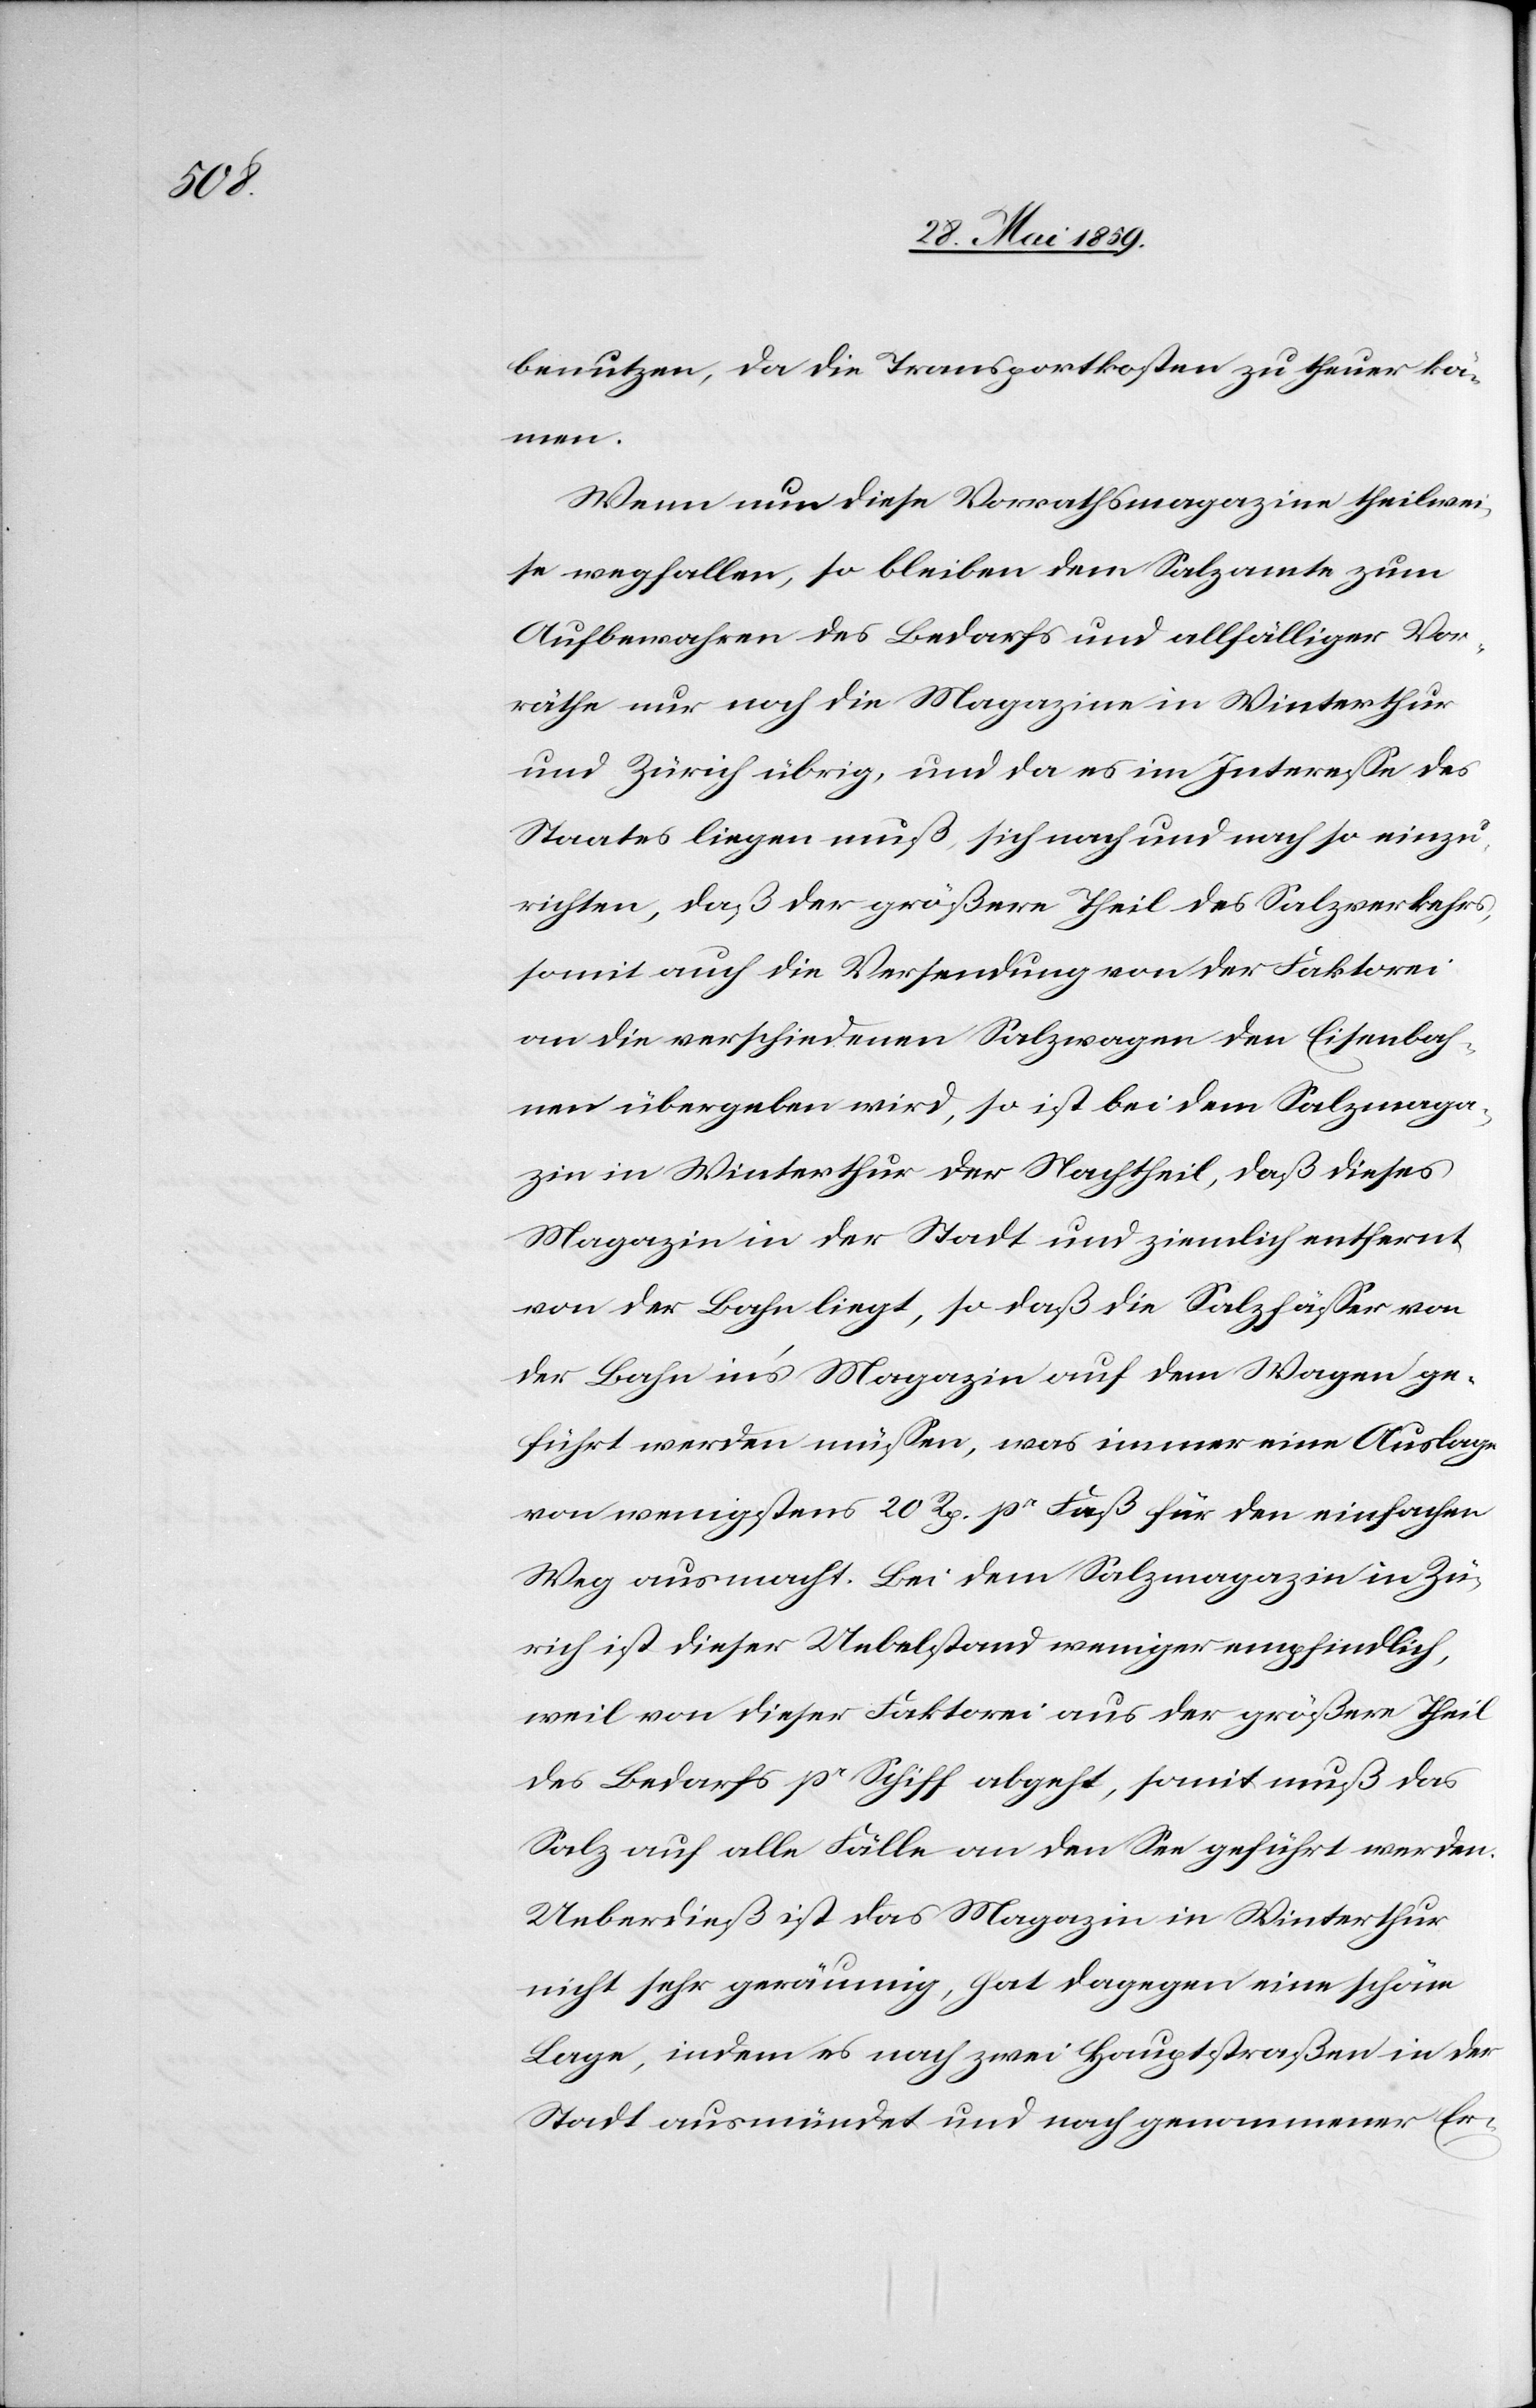
benutzen, da die Transportkosten zu theuer kö¬
mmen.
Wenn nun diese Vorrathsmagazine theilwei¬
se wegfallen, so bleiben dem Salzamte zum
Aufbewahren des Bedarfs und allfälliger Vor¬
räthe nur noch die Magazine in Winterthur
und Zürich übrig, und da es im Interesse des
Staates liegen muß, sich nach und nach so einzu¬
richten, daß der größere Theil des Salzverkehres,
somit auch die Versendung von der Faktorei
an die verschiedenen Salzwagen den Eisenbah¬
nen übergeben wird, so ist bei dem Salzmaga¬
zin in Winterthur der Nachtheil, daß dieses
Magazin in der Stadt und ziemlich entfernt
von der Bahn liegt, so daß die Salzfässer von
der Bahn in's Magazin auf dem Wagen ge¬
führt werden müssen, was immer eine Auslage
von wenigstens 20 Rp. pr Faß für den einfachen
Weg ausmacht. Bei dem Salzmagazin in Zü¬
rich ist dieser Uebelstand weniger empfindlich,
weil von dieser Faktorei aus der größere Theil
des Bedarfs pr Schiff abgeht, somit muß das
Salz auf alle Fälle an den See geführt werden.
Ueberdieß ist das Magazin in Winterthur
nicht sehr geräumig, hat dagegen eine schöne
Lage, indem es nach zwei Hauptstraßen in der
Stadt ausmündet und nach genommener Er-